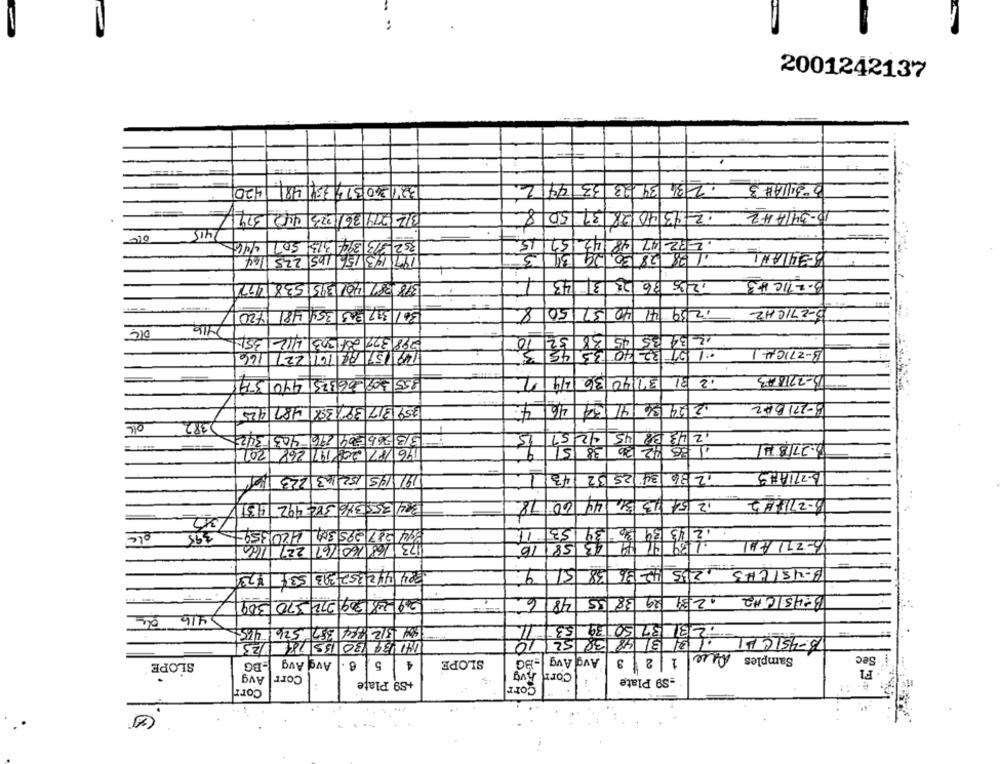
2001242137
420
32430319351481
3-3411A# 3 , 2/36 34 23 33 44 2
50/8
12 13 40 28 37
IP-341442
.
379
4421
312 1279 36/1023
415
352 313 394 313 507 446
57/15
48 42
31 /3
:1 2 28 20,29
8-341AH1
197 193 154 165 225 164
378 28/ 40/ 395 538 477
1235 36 25 3 43
3- 211C #3
B-27ICHZ
36/ 337 23 354 48 720
8
50
31
/2/39/41 40
12 34 35 05 38 52
298 327 23- 303 412 351
10
149 57 84 161 221
125 32 40 33.45
B-27104-1
166
355 309.36325 440
1
31 31140 36.124
02 31
B-221843
4
41 34 46
2/24/36
B-271BAZ
35931737638 487 425
OIL
>382
313 565 304 290 -403 342
4257
145
12 43 88
4/2/20
1) 35
3.27/841
176/87 200 197 268 201
12/36 /34 25 32 431
D-271ABS
191 145 152 143 223 10
334 355 376 382 492 19:31
78
00
12 54 113 31 44
8-27/12
53
de
395
844 287 295 309 420359
12 13 39 20 39
58
43
139 41
173 168 1601/67 221 1166
16
84 412252393 534 123
5/19
1235 42 36 38
B-45/CH3
6
48
B-45ICH2 231 29 38 55
416 de
31 37 50 39
50 3/2/884 387 526 465
10
3 3 48 38 52 10
3-451C11
V23
441 39 30 135 78
Samples Que
Sec
SLOPE
-BG
Avd Avg
5
4
SLOPE
BG
Avg Avg
Que 1 2 8
FI
Avg
Corn Avg
Avg
Corr
-S9 Plate
+S9 Plate
Corr
Corr